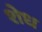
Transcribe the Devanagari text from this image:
शेध